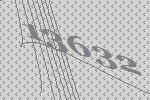
13632